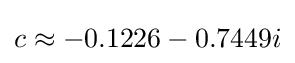
c\approx -0.1226-0.7449i